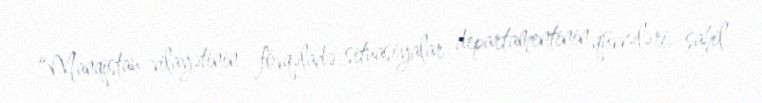
“Manqistau vilayətinin fövqəladə situasiyalar departamentinin qüvvələri, sahil